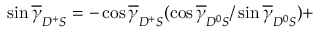
\sin \overline { { \gamma } } _ { D ^ { + } S } = - \cos \overline { { \gamma } } _ { D ^ { + } S } ( \cos \overline { { \gamma } } _ { D ^ { 0 } S } / \sin \overline { { \gamma } } _ { D ^ { 0 } S } ) +